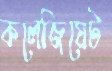
কলেজিয়েট